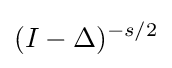
(I-\Delta )^{-s/2}